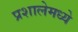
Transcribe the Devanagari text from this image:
प्रशालेमध्ये